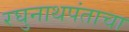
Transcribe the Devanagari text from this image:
रघुनाथपंताचा